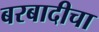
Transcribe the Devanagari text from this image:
बरबादीचा